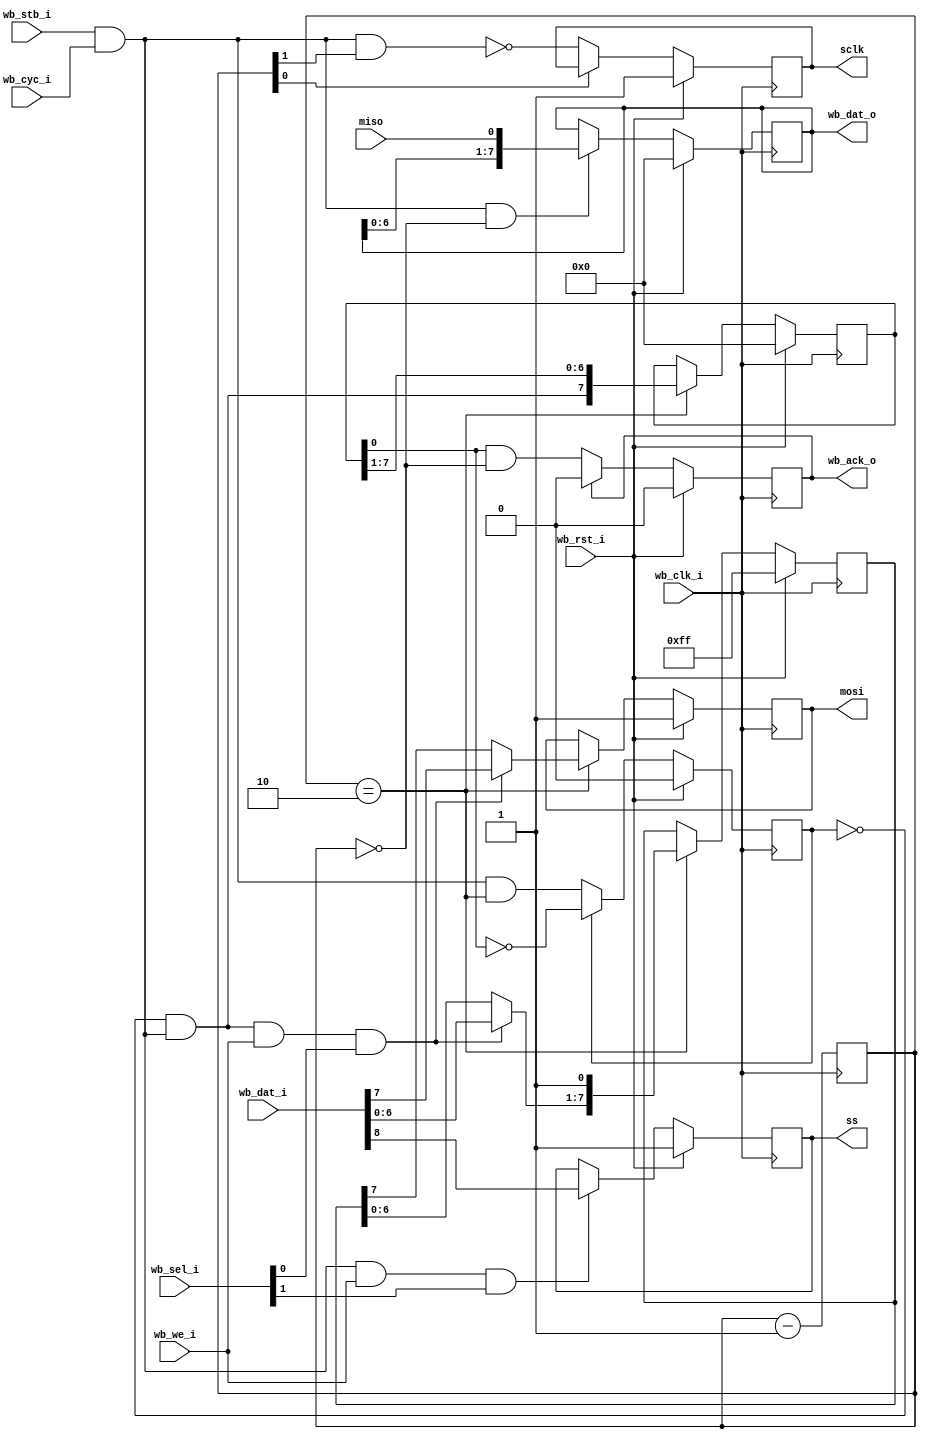
/*
 *  Copyright (c) 2009  Zeus Gomez Marmolejo <zeus@opencores.org>
 *
 *  This file is part of the Zet processor. This processor is free
 *  hardware; you can redistribute it and/or modify it under the terms of
 *  the GNU General Public License as published by the Free Software
 *  Foundation; either version 3, or (at your option) any later version.
 *
 *  Zet is distrubuted in the hope that it will be useful, but WITHOUT
 *  ANY WARRANTY; without even the implied warranty of MERCHANTABILITY
 *  or FITNESS FOR A PARTICULAR PURPOSE. See the GNU General Public
 *  License for more details.
 *
 *  You should have received a copy of the GNU General Public License
 *  along with Zet; see the file COPYING. If not, see
 *  <http://www.gnu.org/licenses/>.
 */

module sdspi (
    // Serial pad signal
    output reg sclk,
    input      miso,
    output reg mosi,
    output reg ss,

    // Wishbone slave interface
    input            wb_clk_i,
    input            wb_rst_i,
    input      [8:0] wb_dat_i,
    output reg [7:0] wb_dat_o,
    input            wb_we_i,
    input      [1:0] wb_sel_i,
    input            wb_stb_i,
    input            wb_cyc_i,
    output reg       wb_ack_o
  );

  // Registers and nets
  wire       op;
  wire       start;
  wire       send;
  reg  [7:0] tr;
  reg        st;
  reg  [7:0] sft;
  reg  [1:0] clk_div;

  // Continuous assignments
  assign op     = wb_stb_i & wb_cyc_i;
  assign start  = !st & op;
  assign send   = start & wb_we_i & wb_sel_i[0];

  // Behaviour
  // mosi
  always @(posedge wb_clk_i)
    mosi <= wb_rst_i ? 1'b1
      : (clk_div==2'b10 ? (send ? wb_dat_i[7] : tr[7]) : mosi);

  // tr
  always @(posedge wb_clk_i)
    tr <= wb_rst_i ? 8'hff
        : (clk_div==2'b10 ? { (send ?
            wb_dat_i[6:0] : tr[6:0]), 1'b1 } : tr);

  // wb_ack_o
  always @(posedge wb_clk_i)
    wb_ack_o <= wb_rst_i ? 1'b0
      : (wb_ack_o ? 1'b0 : (sft[0] && clk_div==2'b00));

  // sft
  always @(posedge wb_clk_i)
    sft <= wb_rst_i ? 8'h0
      : (clk_div==2'b10 ? { start, sft[7:1] } : sft);

  // st
  always @(posedge wb_clk_i)
    st <= wb_rst_i ? 1'b0 : (st ? !sft[0] : op && clk_div==2'b10);

  // wb_dat_o
  always @(posedge wb_clk_i)
    wb_dat_o <= wb_rst_i ? 8'h0
      : ((op && clk_div==2'b0) ?
        { wb_dat_o[6:0], miso } : wb_dat_o);

  // sclk
  always @(posedge wb_clk_i)
    sclk <= wb_rst_i ? 1'b1
      : (clk_div[0] ? sclk : !(op & clk_div[1]));

  // ss
  always @(negedge wb_clk_i)
    ss <= wb_rst_i ? 1'b1
        : ((op & wb_we_i & wb_sel_i[1]) ? wb_dat_i[8] : ss);

  // clk_div
  always @(posedge wb_clk_i) clk_div <= clk_div - 2'd1;
endmodule